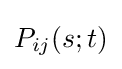
P_{ij}(s;t)